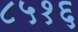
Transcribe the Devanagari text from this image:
८५१६